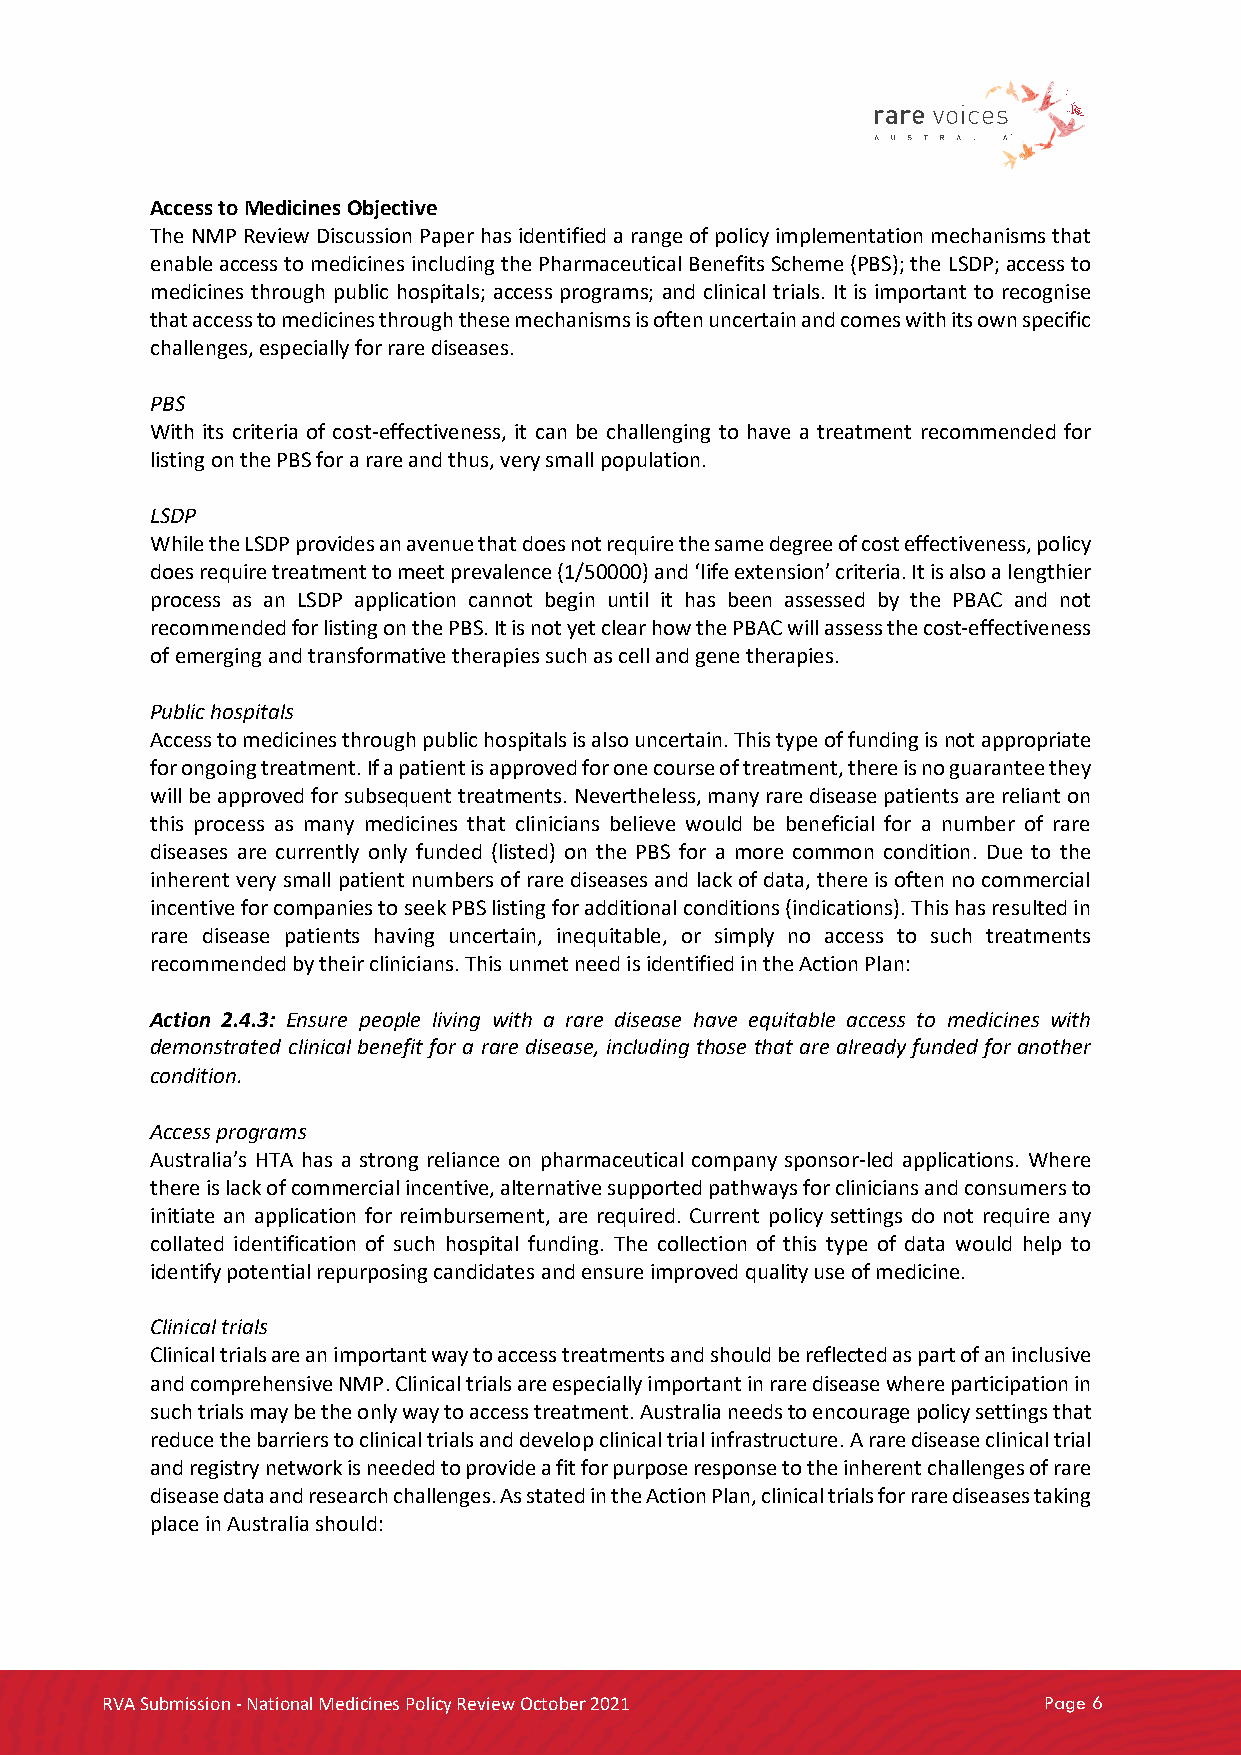
Access to Medicines Objective
 The NMP Review Discussion Paper has identified a range of policy implementation mechanisms that
 enable access to medicines including the Pharmaceutical Benefits Scheme (PBS); the LSDP; access to
 medicines through public hospitals; access programs; and clinical trials. It is important to recognise
 that access to medicines through these mechanisms is often uncertain and comes with its own specific
 challenges, especially for rare diseases.
 PBS
 With its criteria of cost-effectiveness, it can be challenging to have a treatment recommended for
 listing on the PBS for a rare and thus, very small population.
 LSDP
 While the LSDP provides an avenue that does not require the same degree of cost effectiveness, policy
 does require treatment to meet prevalence (1/50000) and ‘life extension’ criteria. It is also a lengthier
 process as an LSDP application cannot begin until it has been assessed by the PBAC and not
 recommended for listing on the PBS. It is not yet clear how the PBAC will assess the cost-effectiveness
 of emerging and transformative therapies such as cell and gene therapies.
 Public hospitals
 Access to medicines through public hospitals is also uncertain. This type of funding is not appropriate
 for ongoing treatment. If a patient is approved for one course of treatment, there is no guarantee they
 will be approved for subsequent treatments. Nevertheless, many rare disease patients are reliant on
 this process as many medicines that clinicians believe would be beneficial for a number of rare
 diseases are currently only funded (listed) on the PBS for a more common condition. Due to the
 inherent very small patient numbers of rare diseases and lack of data, there is often no commercial
 incentive for companies to seek PBS listing for additional conditions (indications). This has resulted in
 rare disease patients having uncertain, inequitable, or simply no access to such treatments
 recommended by their clinicians. This unmet need is identified in the Action Plan:
 Action 2.4.3: Ensure people living with a rare disease have equitable access to medicines with
 demonstrated clinical benefit for a rare disease, including those that are already funded for another
 condition.
 Access programs
 Australia’s HTA has a strong reliance on pharmaceutical company sponsor-led applications. Where
 there is lack of commercial incentive, alternative supported pathways for clinicians and consumers to
 initiate an application for reimbursement, are required. Current policy settings do not require any
 collated identification of such hospital funding. The collection of this type of data would help to
 identify potential repurposing candidates and ensure improved quality use of medicine.
 Clinical trials
 Clinical trials are an important way to access treatments and should be reflected as part of an inclusive
 and comprehensive NMP. Clinical trials are especially important in rare disease where participation in
 such trials may be the only way to access treatment. Australia needs to encourage policy settings that
 reduce the barriers to clinical trials and develop clinical trial infrastructure. A rare disease clinical trial
 and registry network is needed to provide a fit for purpose response to the inherent challenges of rare
 disease data and research challenges. As stated in the Action Plan, clinical trials for rare diseases taking
 place in Australia should:
 RVA Submission - National Medicines Policy Review October 2021 Page 6